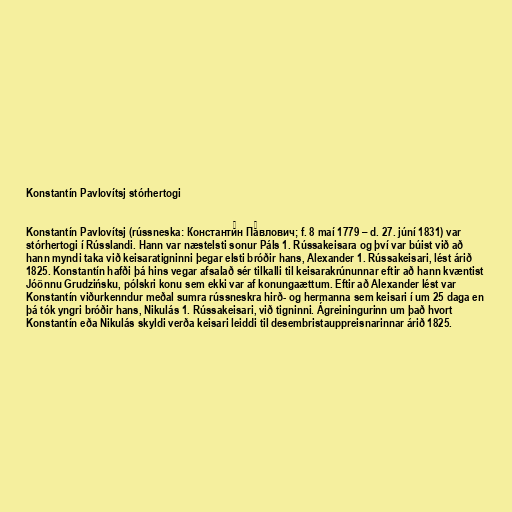
Konstantín Pavlovítsj stórhertogi

Konstantín Pavlovítsj (rússneska: Константи́н Па́влович; f. 8 maí 1779 – d. 27. júní 1831) var
stórhertogi í Rússlandi. Hann var næstelsti sonur Páls 1. Rússakeisara og því var búist við að
hann myndi taka við keisaratigninni þegar elsti bróðir hans, Alexander 1. Rússakeisari, lést árið
1825. Konstantín hafði þá hins vegar afsalað sér tilkalli til keisarakrúnunnar eftir að hann kvæntist
Jóönnu Grudzińsku, pólskri konu sem ekki var af konungaættum. Eftir að Alexander lést var
Konstantín viðurkenndur meðal sumra rússneskra hirð- og hermanna sem keisari í um 25 daga en
þá tók yngri bróðir hans, Nikulás 1. Rússakeisari, við tigninni. Ágreiningurinn um það hvort
Konstantín eða Nikulás skyldi verða keisari leiddi til desembristauppreisnarinnar árið 1825.